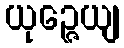
ယုဉ္ဇေယျ